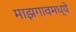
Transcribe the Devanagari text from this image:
माझगावमध्ये